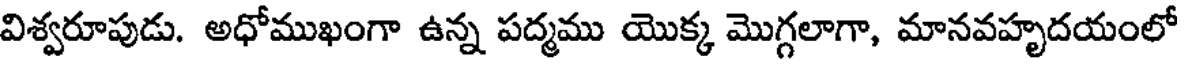
విశ్వరూపుడు. అధోముఖంగా ఉన్న పద్మము యొక్క మొగ్గలాగా, మానవహృదయంలో